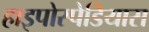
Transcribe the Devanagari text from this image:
हाइपोस्पेडियास